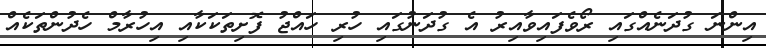
އިންނަ ގުދަނެއްގައި ރޯވެފައިވާއިރު އެ ގުދަނުގައި ހުރި ހައްޖު ފޮށިތަކަކާއި އިހުރާމް ހެދުންތަކެއް